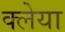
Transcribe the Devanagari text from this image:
क्लेया